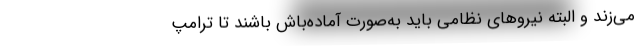
می‌زند و البته نیروهای نظامی باید به‌صورت آماده‌باش باشند تا ترامپ